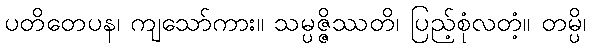
ပတိတေပန၊ ကျသော်ကား။ သမ္ပဇ္ဇိဿတိ၊ ပြည့်စုံလတံ့။ တမ္ပိ၊